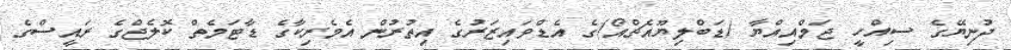
ދުނިޔޭގެ ސިއްހީ ޖަމްއިއްޔާ (ޑަބްލިޔޫއެޗްއޯ)ގެ އެޑްވައިޒަރުގެ އިތުރުން އެމެރިކާގެ ޑާޓަމެތް ކޮލެޖްގެ ރައީސްގެ